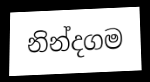
නින්දගම